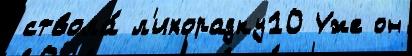
ствола́ л'ихорадку10 Уже он